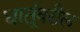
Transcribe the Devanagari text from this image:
धातूंवरील